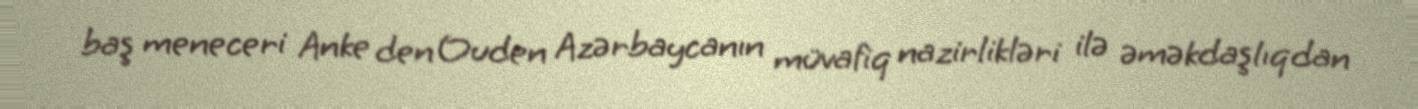
baş meneceri Anke den Ouden Azərbaycanın müvafiq nazirlikləri ilə əməkdaşlıqdan